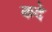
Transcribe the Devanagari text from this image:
कदे